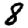
Digit: 8